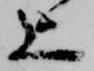
上